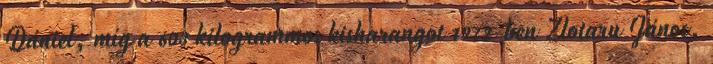
Dániel, míg a 603 kilogrammos kisharangot 1972-ben Zlotaru János,